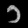
Digit: ၁